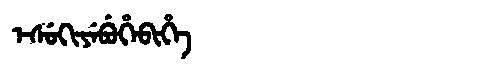
Manchu: ᡝᠰᡠᡴᡳᠶᡝᠪᡠᡥᡝᠪᡳᡥᡝ
Romanization: ESUKIYEBUHEBIHE